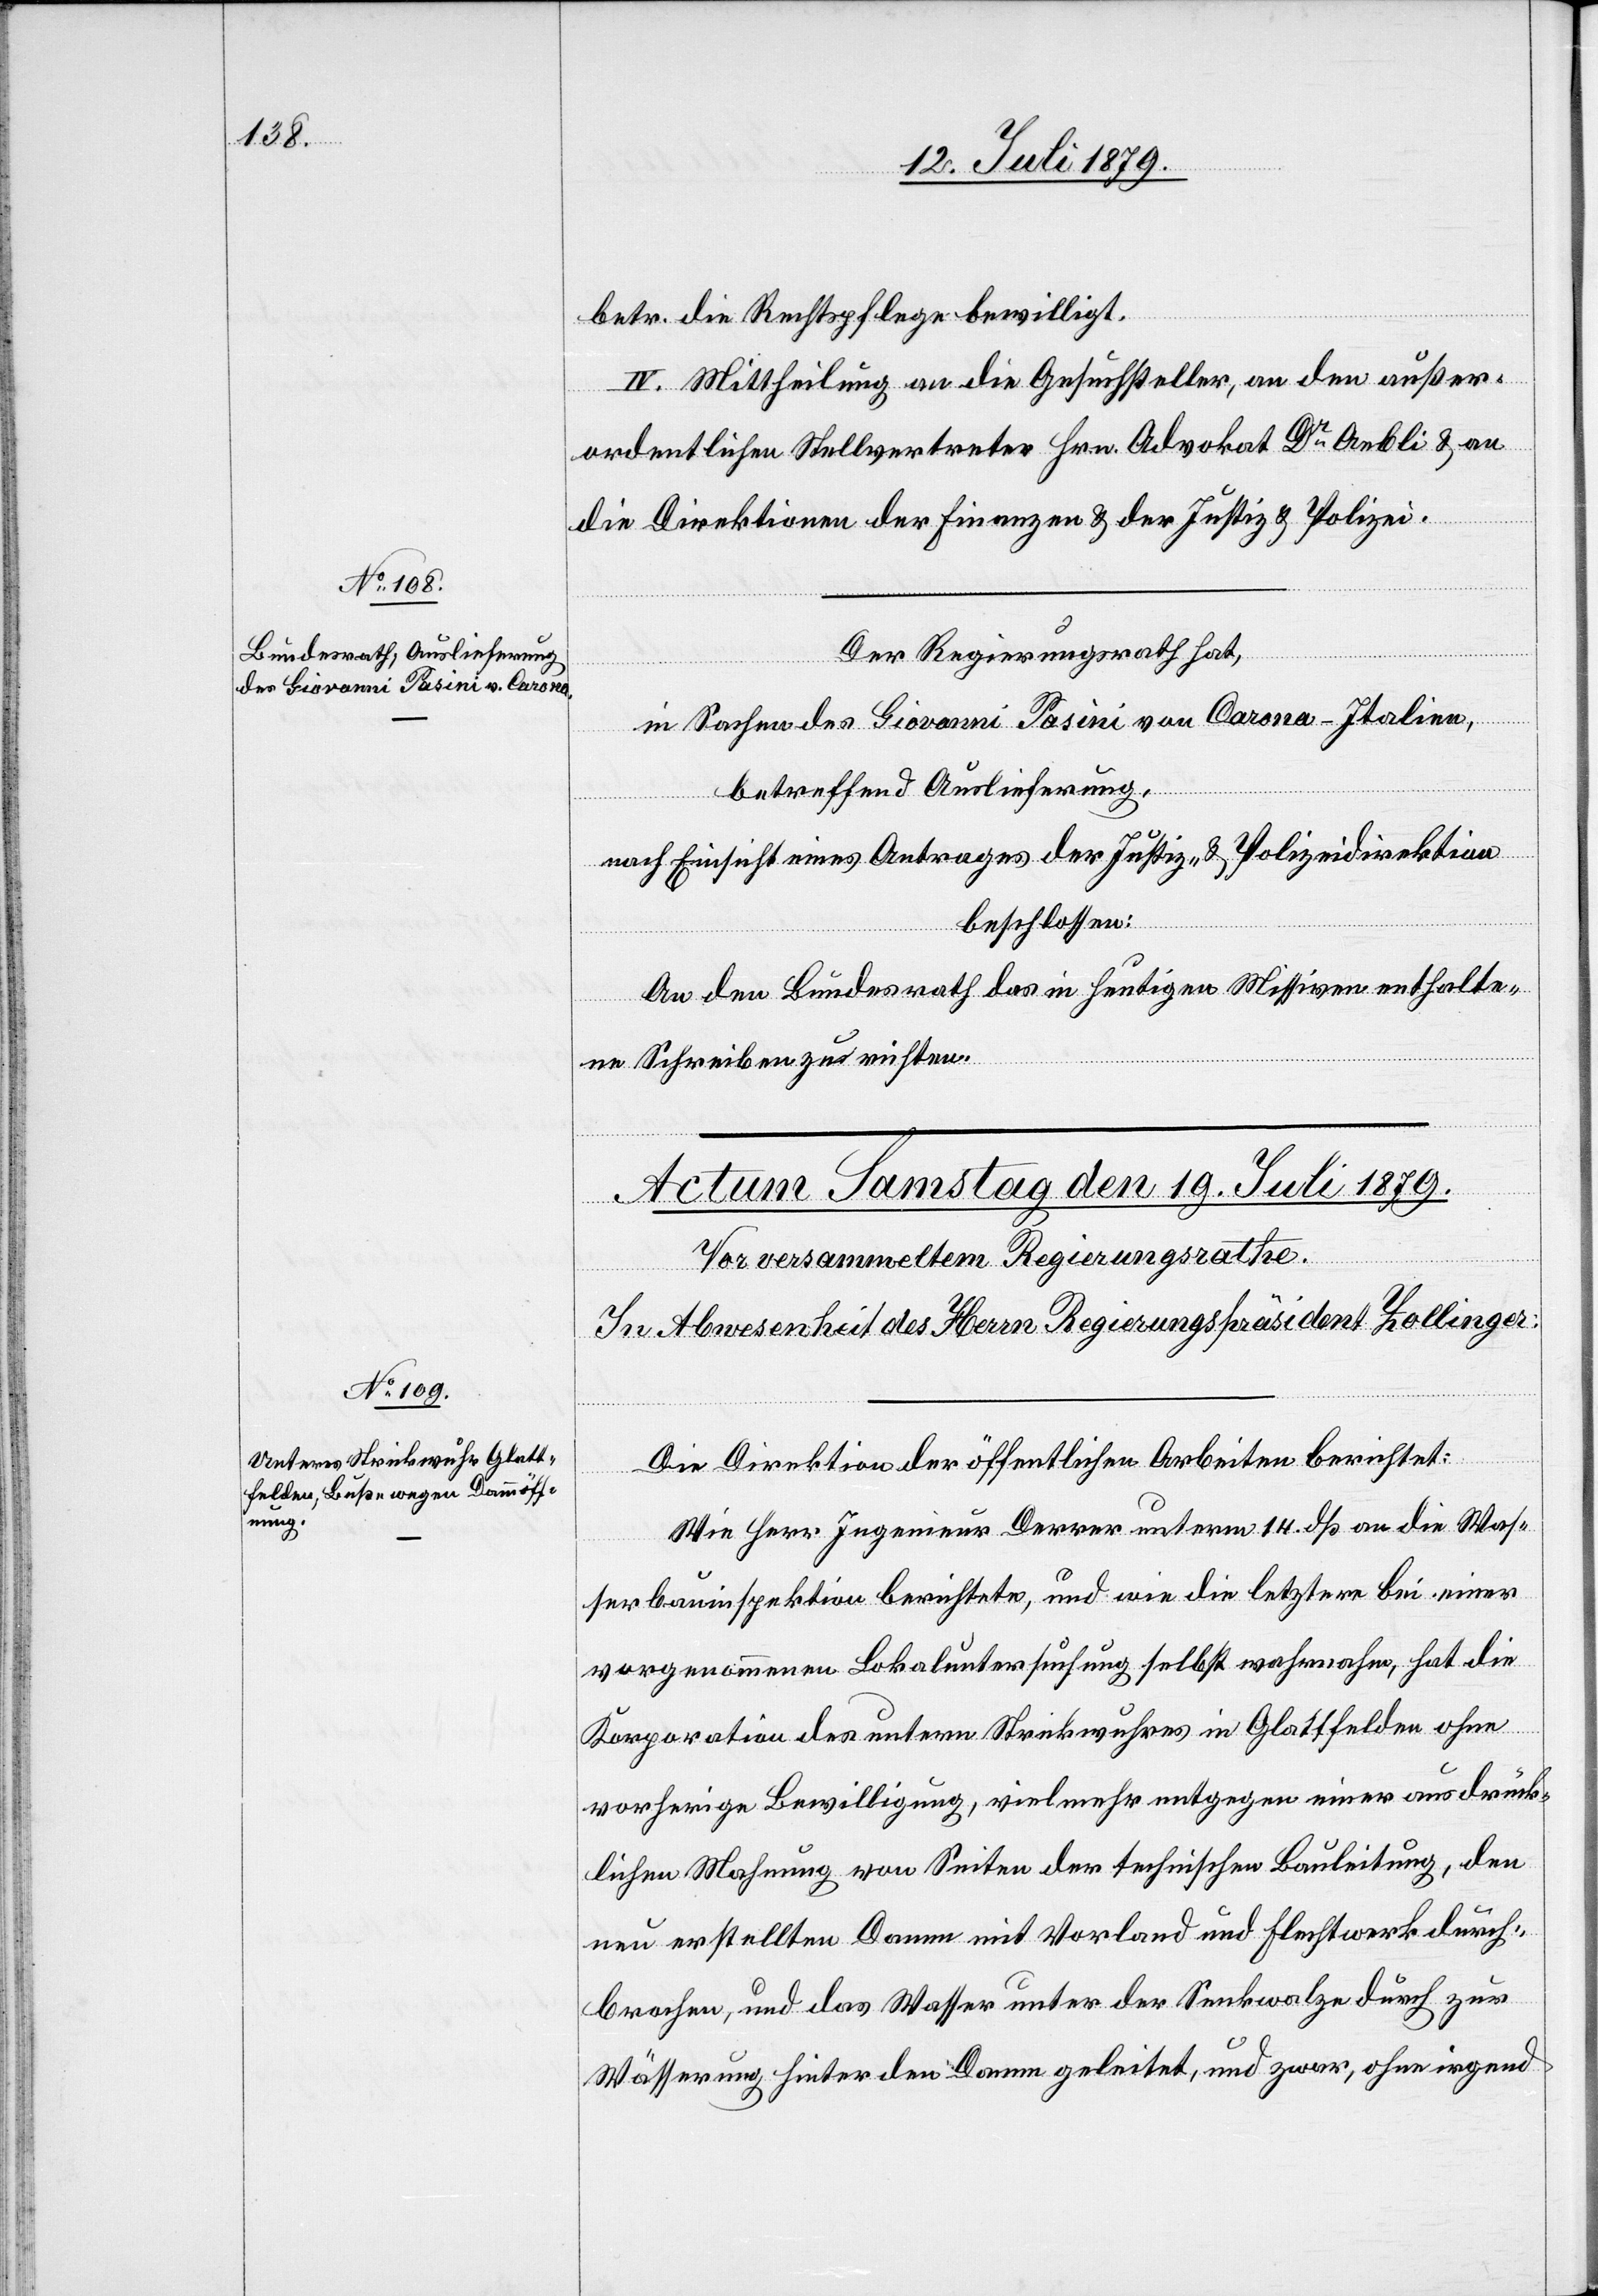
17. Juli 1879.]
betr. die Rechtspflege bewilligt.
IV. Mittheilung an die Gesuchsteller, an den außer¬
ordentlichen Stellvertreter Hrn. Advokat Dr Aebli & an
die Direktionen der Finanzen & der Justiz & Polizei.
Der Regierungsrath hat,
in Sachen des Giovanni Pasini von Carona - Italien,
betreffend Auslieferung,
nach Einsicht eines Antrages der Justiz- & Polizeidirektion
beschlossen:
An den Bundesrath das in heutigen Missiven enthalte¬
ne Schreiben zu richten.
Die Direktion der öffentlichen Arbeiten berichtet:
Wie Herr Ingenieur Derrer unterm 14. dß an die Was¬
serbauinspektion berichtete, und wie die letztere bei einer
vorgenommenen Lokaluntersuchung selbst wahrnahm, hat die
Korporation des untern Strickwuhres in Glattfelden ohne
vorherige Bewilligung, vielmehr entgegen einer ausdrück¬
lichen Mahnung von Seiten der technischen Bauleitung, den
neu erstellten Damm mit Vorland und Flechtwerk durch¬
brochen, und das Wasser unter der Senkwalze durch zur
Wässerung hinter den Damm geleitet, und zwar, ohne irgend